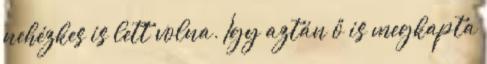
nehézkes is lett volna. Így aztán ő is megkapta